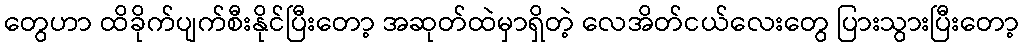
တွေဟာ ထိခိုက်ပျက်စီးနိုင်ပြီးတော့ အဆုတ်ထဲမှာရှိတဲ့ လေအိတ်ငယ်လေးတွေ ပြားသွားပြီးတော့